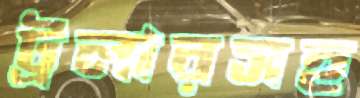
ট্রলারসহ